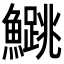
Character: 𬵰